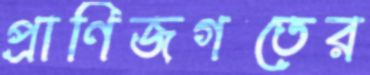
প্রাণিজগতের